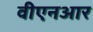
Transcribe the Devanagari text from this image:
वीएनआर